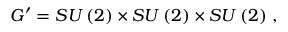
G ^ { \prime } = S U \left( 2 \right) \times S U \left( 2 \right) \times S U \left( 2 \right) \, ,